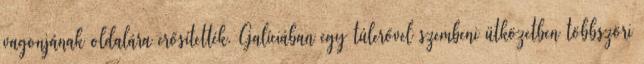
vagonjának oldalára erősítették. Galíciában egy túlerővel szembeni ütközetben többszöri